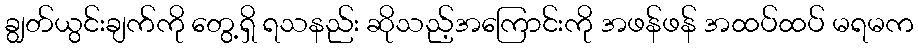
ချွတ်ယွင်းချက်ကို တွေ့ရှိ ရသနည်း ဆိုသည့်အကြောင်းကို အဖန်ဖန် အထပ်ထပ် မရမက